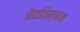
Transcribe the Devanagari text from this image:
जैवनिम्‍नन